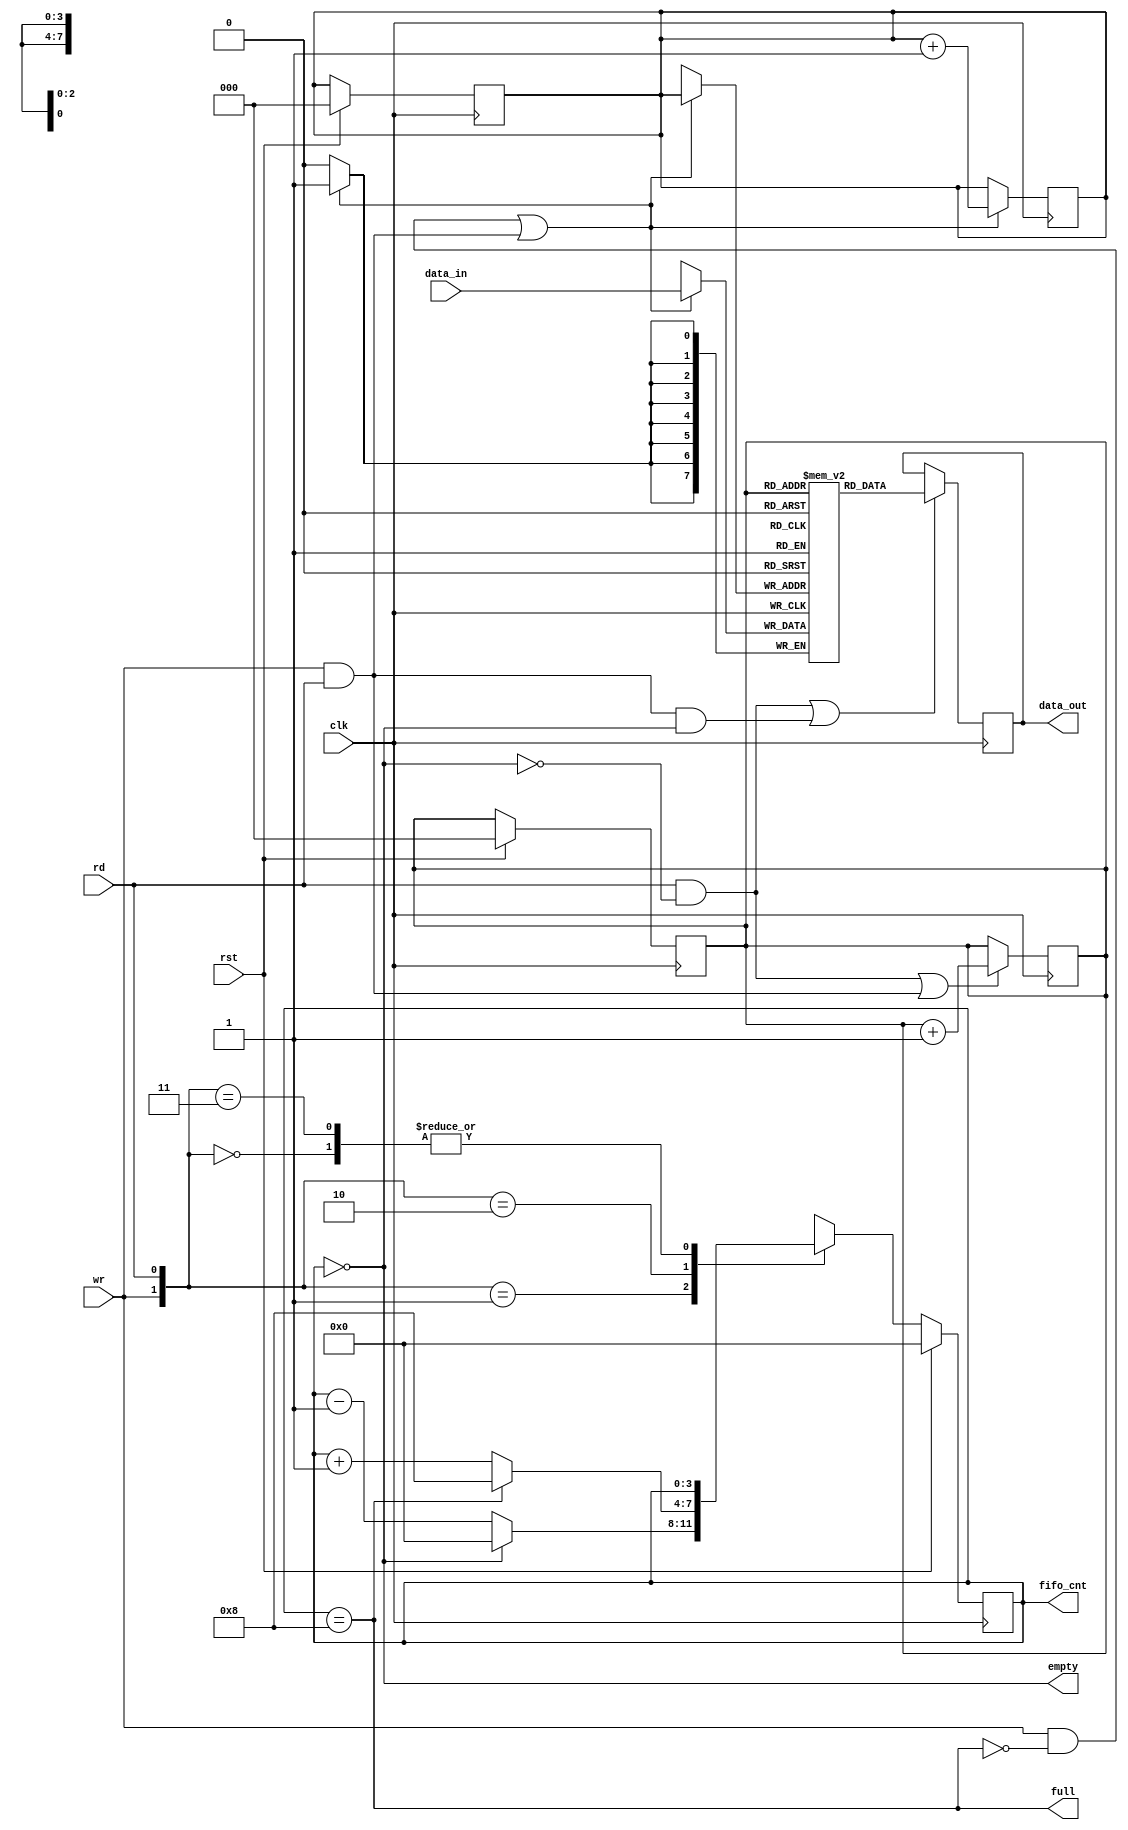

module FIFO (input [7:0] data_in, input clk, rst,rd,wr,
             output empty, full, output reg [3:0]fifo_cnt=0,
             output reg [7:0] data_out);
reg [7:0] fifo_ram[0:7];
reg [2:0] rd_ptr = 0, wr_ptr = 0; 
assign empty = (fifo_cnt==0);
assign full = (fifo_cnt==8);
always @ (posedge clk) //write
if((wr && !full)||(wr && rd))begin
fifo_ram[wr_ptr] <= data_in;
wr_ptr <= wr_ptr +1;
end
always @ (posedge clk) begin
if((rd && !empty)||(rd && wr && empty))
data_out <= fifo_ram[rd_ptr];
end 
always @(posedge clk) begin: pointer
rd_ptr <= ((rd && !empty)||(wr && rd)) ? rd_ptr+1 : rd_ptr;
end
always @ (posedge clk ) begin: count
if(rst) begin
wr_ptr <= 0;
rd_ptr <= 0;
fifo_cnt <= 0;
end
else begin 
case ({wr,rd})
2'b00 : fifo_cnt <= fifo_cnt;
2'b01 : fifo_cnt <= (fifo_cnt==0) ? 0 :fifo_cnt-1;
2'b10 : fifo_cnt <= (fifo_cnt==8) ? 8 :fifo_cnt+1;
2'b11 : fifo_cnt <= fifo_cnt;
default : fifo_cnt <= fifo_cnt;
endcase
end
end
endmodule